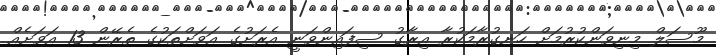
މޫސަލް މިނިވަންކުރުމަށް ހަނގުރާމަކުރާ އިރާގު ސިފައިންވަނީ އެރަށުގެ އަވަށްތަކުގެ ތެރޭން 13 އަވަށެއް